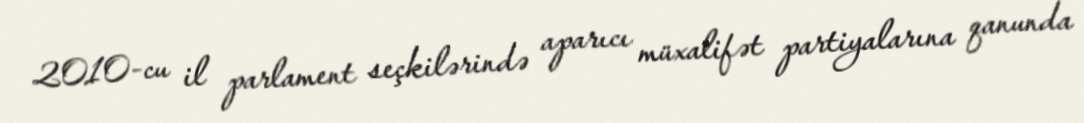
2010-cu il parlament seçkilərində aparıcı müxalifət partiyalarına qanunda